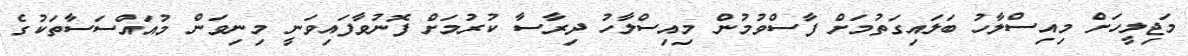
މަޖިލީހަށް މިއިސްލާހު ބަލައިގަތުމަށް ފާސްވުމުން މިއިސްލާހު ދިރާސާ ކުރުމަށް ފޮނުވާފައިވަނީ މިނިވަން މުއައްސަސާތަކުގެ